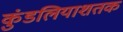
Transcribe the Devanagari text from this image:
कुंडलियाशतक